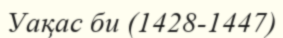
Уақас би (1428-1447)